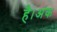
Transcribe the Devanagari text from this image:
है।अंक